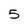
Character: 5